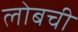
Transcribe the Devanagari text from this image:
लोबची